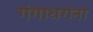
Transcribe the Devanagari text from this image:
गंगाधरांना